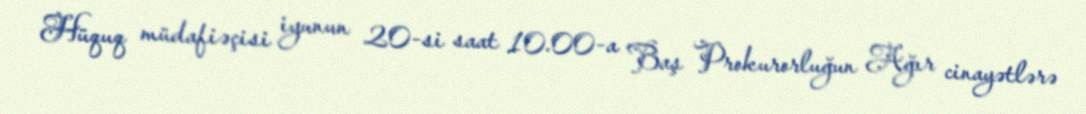
Hüquq müdafiəçisi iyunun 20-si saat 10.00-a Baş Prokurorluğun Ağır cinayətlərə